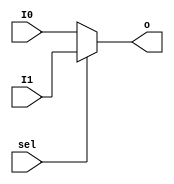
`timescale 1ns / 1ps
//////////////////////////////////////////////////////////////////////////////////
// Company: 
// Engineer: 
// 
// Design Name: 
// Module Name:    MUX2T1_5 
// Project Name: 
// Target Devices: 
// Tool versions: 
// Description: 
//
// Dependencies: 
//
// Revision: 
// Revision 0.01 - File Created
// Additional Comments: 
//
//////////////////////////////////////////////////////////////////////////////////
module MUX2T1_5(
	input [4:0] I0,
	input [4:0] I1,
	input sel,
	output [4:0] o
    );

	assign o = sel == 0 ? I0 : I1;

endmodule